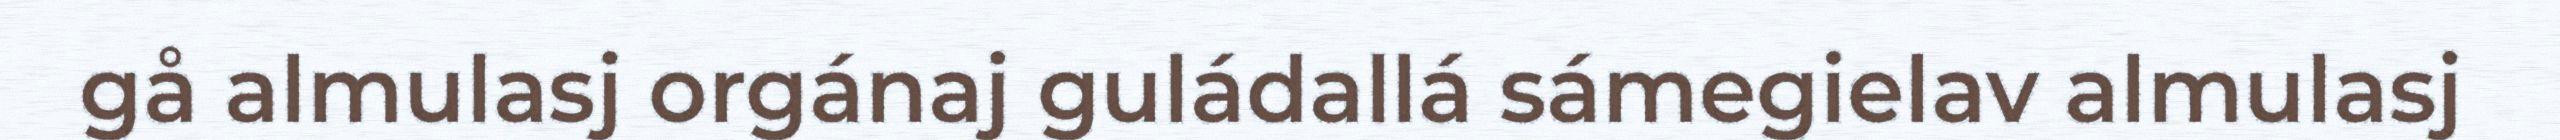
gå almulasj orgánaj guládallá sámegielav almulasj